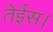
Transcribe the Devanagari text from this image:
तेईस।